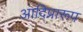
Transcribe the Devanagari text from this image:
आदिप्रारूप